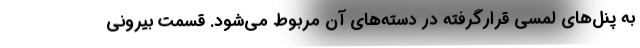
به پنل‌های لمسی قرارگرفته در دسته‌های آن مربوط می‌شود. قسمت بیرونی